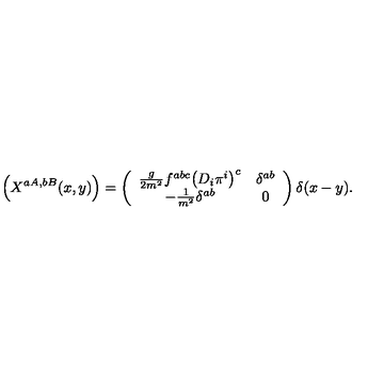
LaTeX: \Bigl ( X ^ { a A , b B } ( x , y ) \Bigr ) = \left( \begin{array} { c c } { \frac { g } { 2 m ^ { 2 } } f ^ { a b c } \bigl ( D _ { i } \pi ^ { i } \bigr ) ^ { c } } & { \delta ^ { a b } } \\ { - \frac { 1 } { m ^ { 2 } } \delta ^ { a b } } & { 0 } \\ \end{array} \right) \delta ( x - y ) .